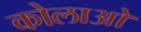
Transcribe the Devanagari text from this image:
कोलाओ